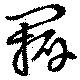
瓣